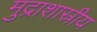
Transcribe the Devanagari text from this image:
मुद्राशास्रीय